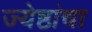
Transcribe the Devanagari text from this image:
ज्येष्ठांचा